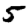
Digit: 5